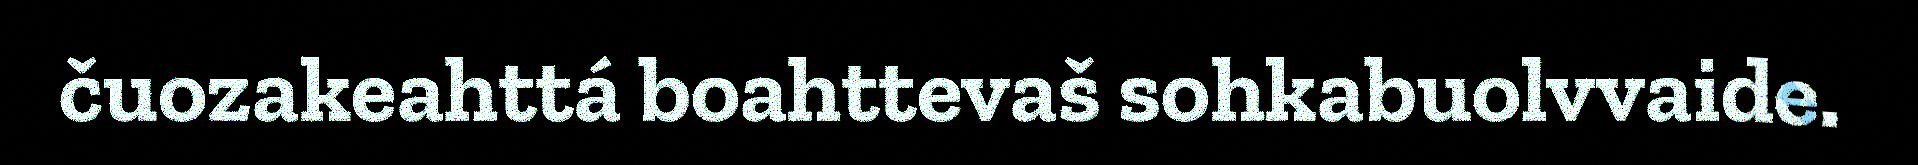
čuozakeahttá boahttevaš sohkabuolvvaide.